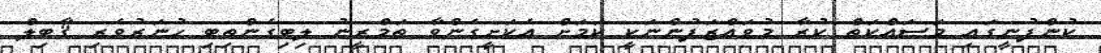
ކުންފުނީގައި މަސައްކަތް ކުރާ މުވައްޒަފުންނަކީ ކަމަށް އެކަށީގެންވާ ތަމްރީނު ލިބިގެންތިބި ހުނަރުވެރި ޤާބިލް